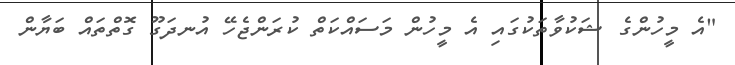
"އެ މީހުންގެ ޝަކުވާތަކުގައި އެ މީހުން މަސައްކަތް ކުރަންޖެހޭ އުނދަގޫ ގޮތްތައް ބަޔާން